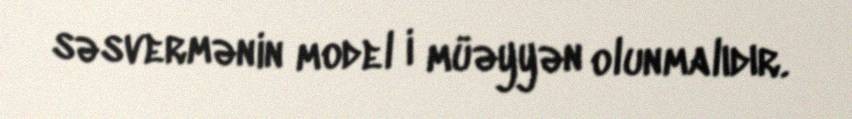
səsvermənin model i müəyyən olunmalıdır.